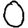
Digit: 0